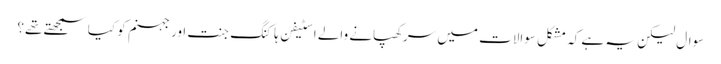
سوال لیکن یہ ہے کہ مشکل سوالات میں سرکھپانے والے اسٹیفن ہاکنگ جنت اور جہنم کو کیا سمجھتے تھے؟